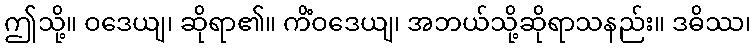
ဤသို့။ ဝဒေယျ၊ ဆိုရာ၏။ ကိံဝဒေယျ၊ အဘယ်သို့ဆိုရာသနည်း။ ဒဓိဿ၊